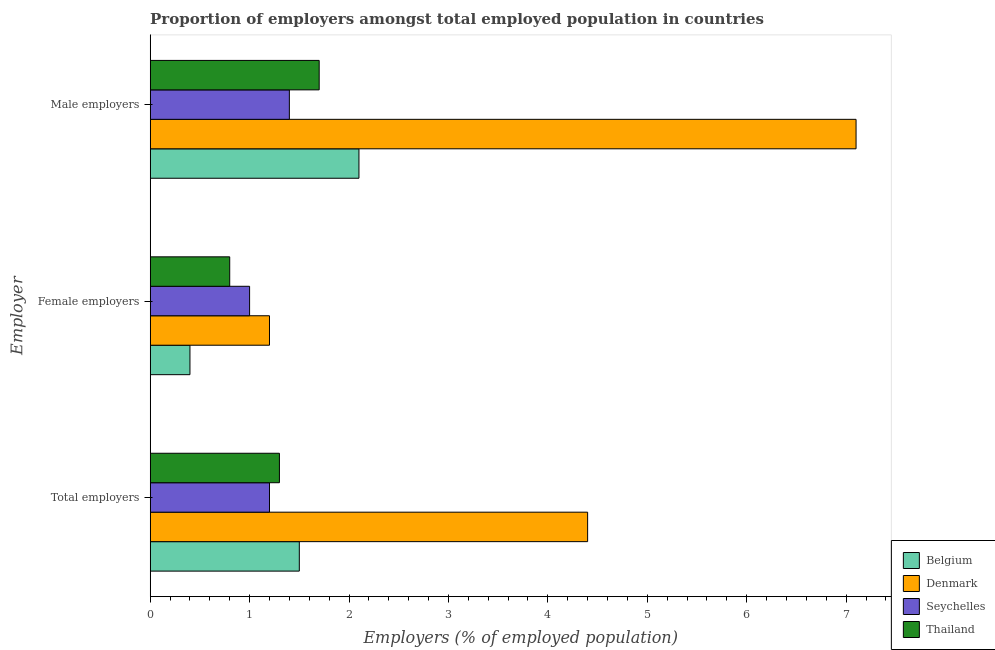
| Employer | Belgium | Denmark | Seychelles | Thailand |
 | --- | --- | --- | --- | --- |
 | Total employers | 1.5 | 4.4 | 1.2 | 1.3 |
 | Female employers | 0.4 | 1.2 | 1 | 0.8 |
 | Male employers | 2.1 | 7.1 | 1.4 | 1.7 |